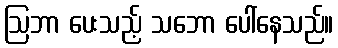
ဩဘာ ပေးသည့် သဘော ပေါ်နေသည်။